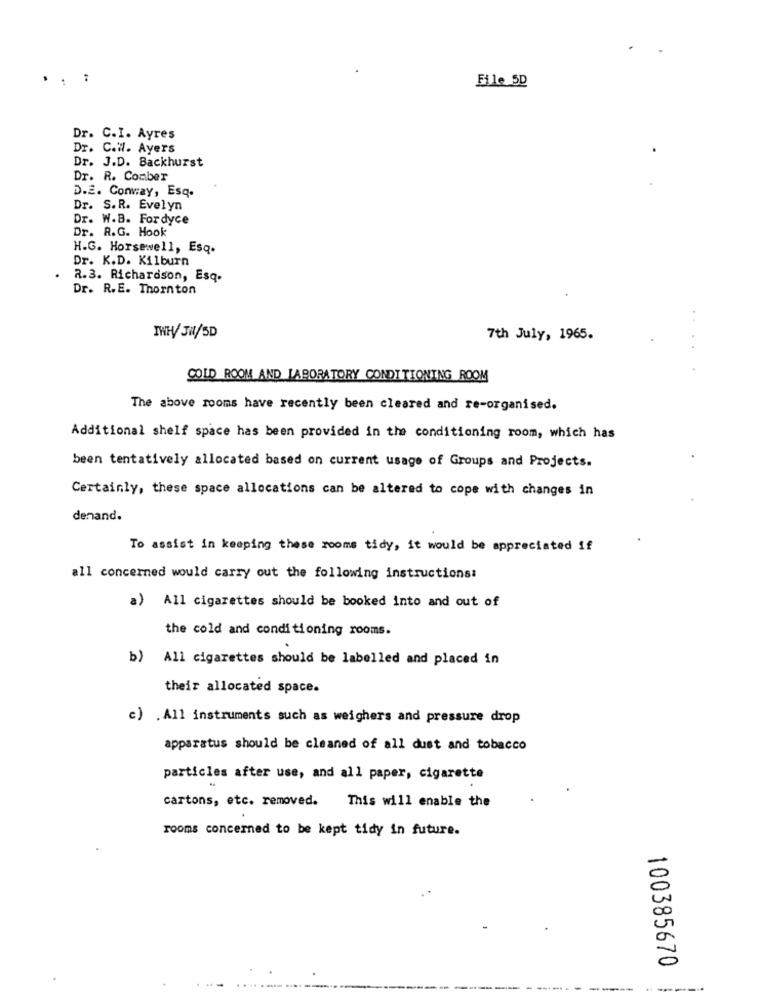
File SD
Dr. C.I. Ayres
Dr. C.W. Ayers
Dr. J.D. Backhurst
Dr. R. Comber
D.E. Conway, Esq.
Dr. S.R. Evelyn
Dr. W.B. Fordyce
Dr. R.G. Hook
H.G. Horsewell, Esq.
Dr. K.D. Kilburn
2.3. Richardson, Esq.
Dr. R.E. Thornton
TWH/ JW/SD
7th July, 1965.
COLD ROOM AND LABORATORY CONDITIONING ROOM
The above rooms have recently been cleared and re-organised.
Additional shelf space has been provided in the conditioning room, which has
been tentatively allocated based on current usage of Groups and Projects.
Certainly, these space allocations can be altered to cope with changes in
denand.
To assist in keeping these rooms tidy, it would be appreciated if
all concerned would carry out the following instructions:
a) All cigarettes should be booked into and out of
the cold and conditioning rooms.
b) All cigarettes should be labelled and placed in
their allocated space.
c) .All instruments such as weighers and pressure drop
apparatus should be cleaned of all dust and tobacco
particles after use, and all paper, cigarette
cartons, etc. removed.
This will enable the
rooms concerned to be kept tidy in future.
-
00
100385670
-----
..
-----